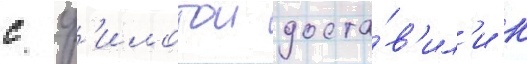
с ф'илотои доста́в'ил'и к